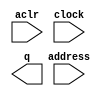
// megafunction wizard: %ROM: 1-PORT%VBB%
// GENERATION: STANDARD
// VERSION: WM1.0
// MODULE: altsyncram 

// ============================================================
// Megafunction Name(s):
// 			altsyncram
//
// Simulation Library Files(s):
// 			altera_mf
// ============================================================
// ************************************************************
// THIS IS A WIZARD-GENERATED FILE. DO NOT EDIT THIS FILE!
//
// 18.1.0 Build 625 09/12/2018 SJ Standard Edition
// ************************************************************

//Copyright (C) 2018  Intel Corporation. All rights reserved.
//Your use of Intel Corporation's design tools, logic functions 
//and other software and tools, and its AMPP partner logic 
//functions, and any output files from any of the foregoing 
//(including device programming or simulation files), and any 
//associated documentation or information are expressly subject 
//to the terms and conditions of the Intel Program License 
//Subscription Agreement, the Intel Quartus Prime License Agreement,
//the Intel FPGA IP License Agreement, or other applicable license
//agreement, including, without limitation, that your use is for
//the sole purpose of programming logic devices manufactured by
//Intel and sold by Intel or its authorized distributors.  Please
//refer to the applicable agreement for further details.

module ip_sprom (
	aclr,
	address,
	clock,
	q);

	input	  aclr;
	input	[7:0]  address;
	input	  clock;
	output	[31:0]  q;
`ifndef ALTERA_RESERVED_QIS
// synopsys translate_off
`endif
	tri0	  aclr;
	tri1	  clock;
`ifndef ALTERA_RESERVED_QIS
// synopsys translate_on
`endif

endmodule

// ============================================================
// CNX file retrieval info
// ============================================================
// Retrieval info: PRIVATE: ADDRESSSTALL_A NUMERIC "0"
// Retrieval info: PRIVATE: AclrAddr NUMERIC "1"
// Retrieval info: PRIVATE: AclrByte NUMERIC "0"
// Retrieval info: PRIVATE: AclrOutput NUMERIC "0"
// Retrieval info: PRIVATE: BYTE_ENABLE NUMERIC "0"
// Retrieval info: PRIVATE: BYTE_SIZE NUMERIC "8"
// Retrieval info: PRIVATE: BlankMemory NUMERIC "0"
// Retrieval info: PRIVATE: CLOCK_ENABLE_INPUT_A NUMERIC "0"
// Retrieval info: PRIVATE: CLOCK_ENABLE_OUTPUT_A NUMERIC "0"
// Retrieval info: PRIVATE: Clken NUMERIC "0"
// Retrieval info: PRIVATE: IMPLEMENT_IN_LES NUMERIC "0"
// Retrieval info: PRIVATE: INIT_FILE_LAYOUT STRING "PORT_A"
// Retrieval info: PRIVATE: INIT_TO_SIM_X NUMERIC "0"
// Retrieval info: PRIVATE: INTENDED_DEVICE_FAMILY STRING "Cyclone IV E"
// Retrieval info: PRIVATE: JTAG_ENABLED NUMERIC "0"
// Retrieval info: PRIVATE: JTAG_ID STRING "NONE"
// Retrieval info: PRIVATE: MAXIMUM_DEPTH NUMERIC "0"
// Retrieval info: PRIVATE: MIFfilename STRING "input_asm_file.mif"
// Retrieval info: PRIVATE: NUMWORDS_A NUMERIC "256"
// Retrieval info: PRIVATE: RAM_BLOCK_TYPE NUMERIC "0"
// Retrieval info: PRIVATE: RegAddr NUMERIC "1"
// Retrieval info: PRIVATE: RegOutput NUMERIC "0"
// Retrieval info: PRIVATE: SYNTH_WRAPPER_GEN_POSTFIX STRING "0"
// Retrieval info: PRIVATE: SingleClock NUMERIC "1"
// Retrieval info: PRIVATE: UseDQRAM NUMERIC "0"
// Retrieval info: PRIVATE: WidthAddr NUMERIC "8"
// Retrieval info: PRIVATE: WidthData NUMERIC "32"
// Retrieval info: PRIVATE: rden NUMERIC "0"
// Retrieval info: LIBRARY: altera_mf altera_mf.altera_mf_components.all
// Retrieval info: CONSTANT: ADDRESS_ACLR_A STRING "CLEAR0"
// Retrieval info: CONSTANT: CLOCK_ENABLE_INPUT_A STRING "BYPASS"
// Retrieval info: CONSTANT: CLOCK_ENABLE_OUTPUT_A STRING "BYPASS"
// Retrieval info: CONSTANT: INIT_FILE STRING "input_asm_file.mif"
// Retrieval info: CONSTANT: INTENDED_DEVICE_FAMILY STRING "Cyclone IV E"
// Retrieval info: CONSTANT: LPM_TYPE STRING "altsyncram"
// Retrieval info: CONSTANT: NUMWORDS_A NUMERIC "256"
// Retrieval info: CONSTANT: OPERATION_MODE STRING "ROM"
// Retrieval info: CONSTANT: OUTDATA_ACLR_A STRING "NONE"
// Retrieval info: CONSTANT: OUTDATA_REG_A STRING "UNREGISTERED"
// Retrieval info: CONSTANT: WIDTHAD_A NUMERIC "8"
// Retrieval info: CONSTANT: WIDTH_A NUMERIC "32"
// Retrieval info: CONSTANT: WIDTH_BYTEENA_A NUMERIC "1"
// Retrieval info: USED_PORT: aclr 0 0 0 0 INPUT GND "aclr"
// Retrieval info: USED_PORT: address 0 0 8 0 INPUT NODEFVAL "address[7..0]"
// Retrieval info: USED_PORT: clock 0 0 0 0 INPUT VCC "clock"
// Retrieval info: USED_PORT: q 0 0 32 0 OUTPUT NODEFVAL "q[31..0]"
// Retrieval info: CONNECT: @aclr0 0 0 0 0 aclr 0 0 0 0
// Retrieval info: CONNECT: @address_a 0 0 8 0 address 0 0 8 0
// Retrieval info: CONNECT: @clock0 0 0 0 0 clock 0 0 0 0
// Retrieval info: CONNECT: q 0 0 32 0 @q_a 0 0 32 0
// Retrieval info: GEN_FILE: TYPE_NORMAL ip_sprom.v TRUE
// Retrieval info: GEN_FILE: TYPE_NORMAL ip_sprom.inc FALSE
// Retrieval info: GEN_FILE: TYPE_NORMAL ip_sprom.cmp FALSE
// Retrieval info: GEN_FILE: TYPE_NORMAL ip_sprom.bsf FALSE
// Retrieval info: GEN_FILE: TYPE_NORMAL ip_sprom_inst.v TRUE
// Retrieval info: GEN_FILE: TYPE_NORMAL ip_sprom_bb.v TRUE
// Retrieval info: LIB_FILE: altera_mf